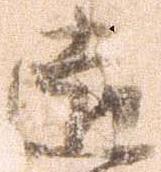
遠